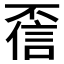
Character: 𫠻